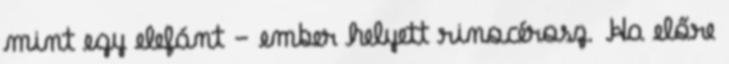
mint egy elefánt - ember helyett rinocérosz. Ha előre